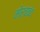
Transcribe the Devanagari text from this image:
मोर्चाबंद